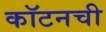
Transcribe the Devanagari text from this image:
कॉटनची